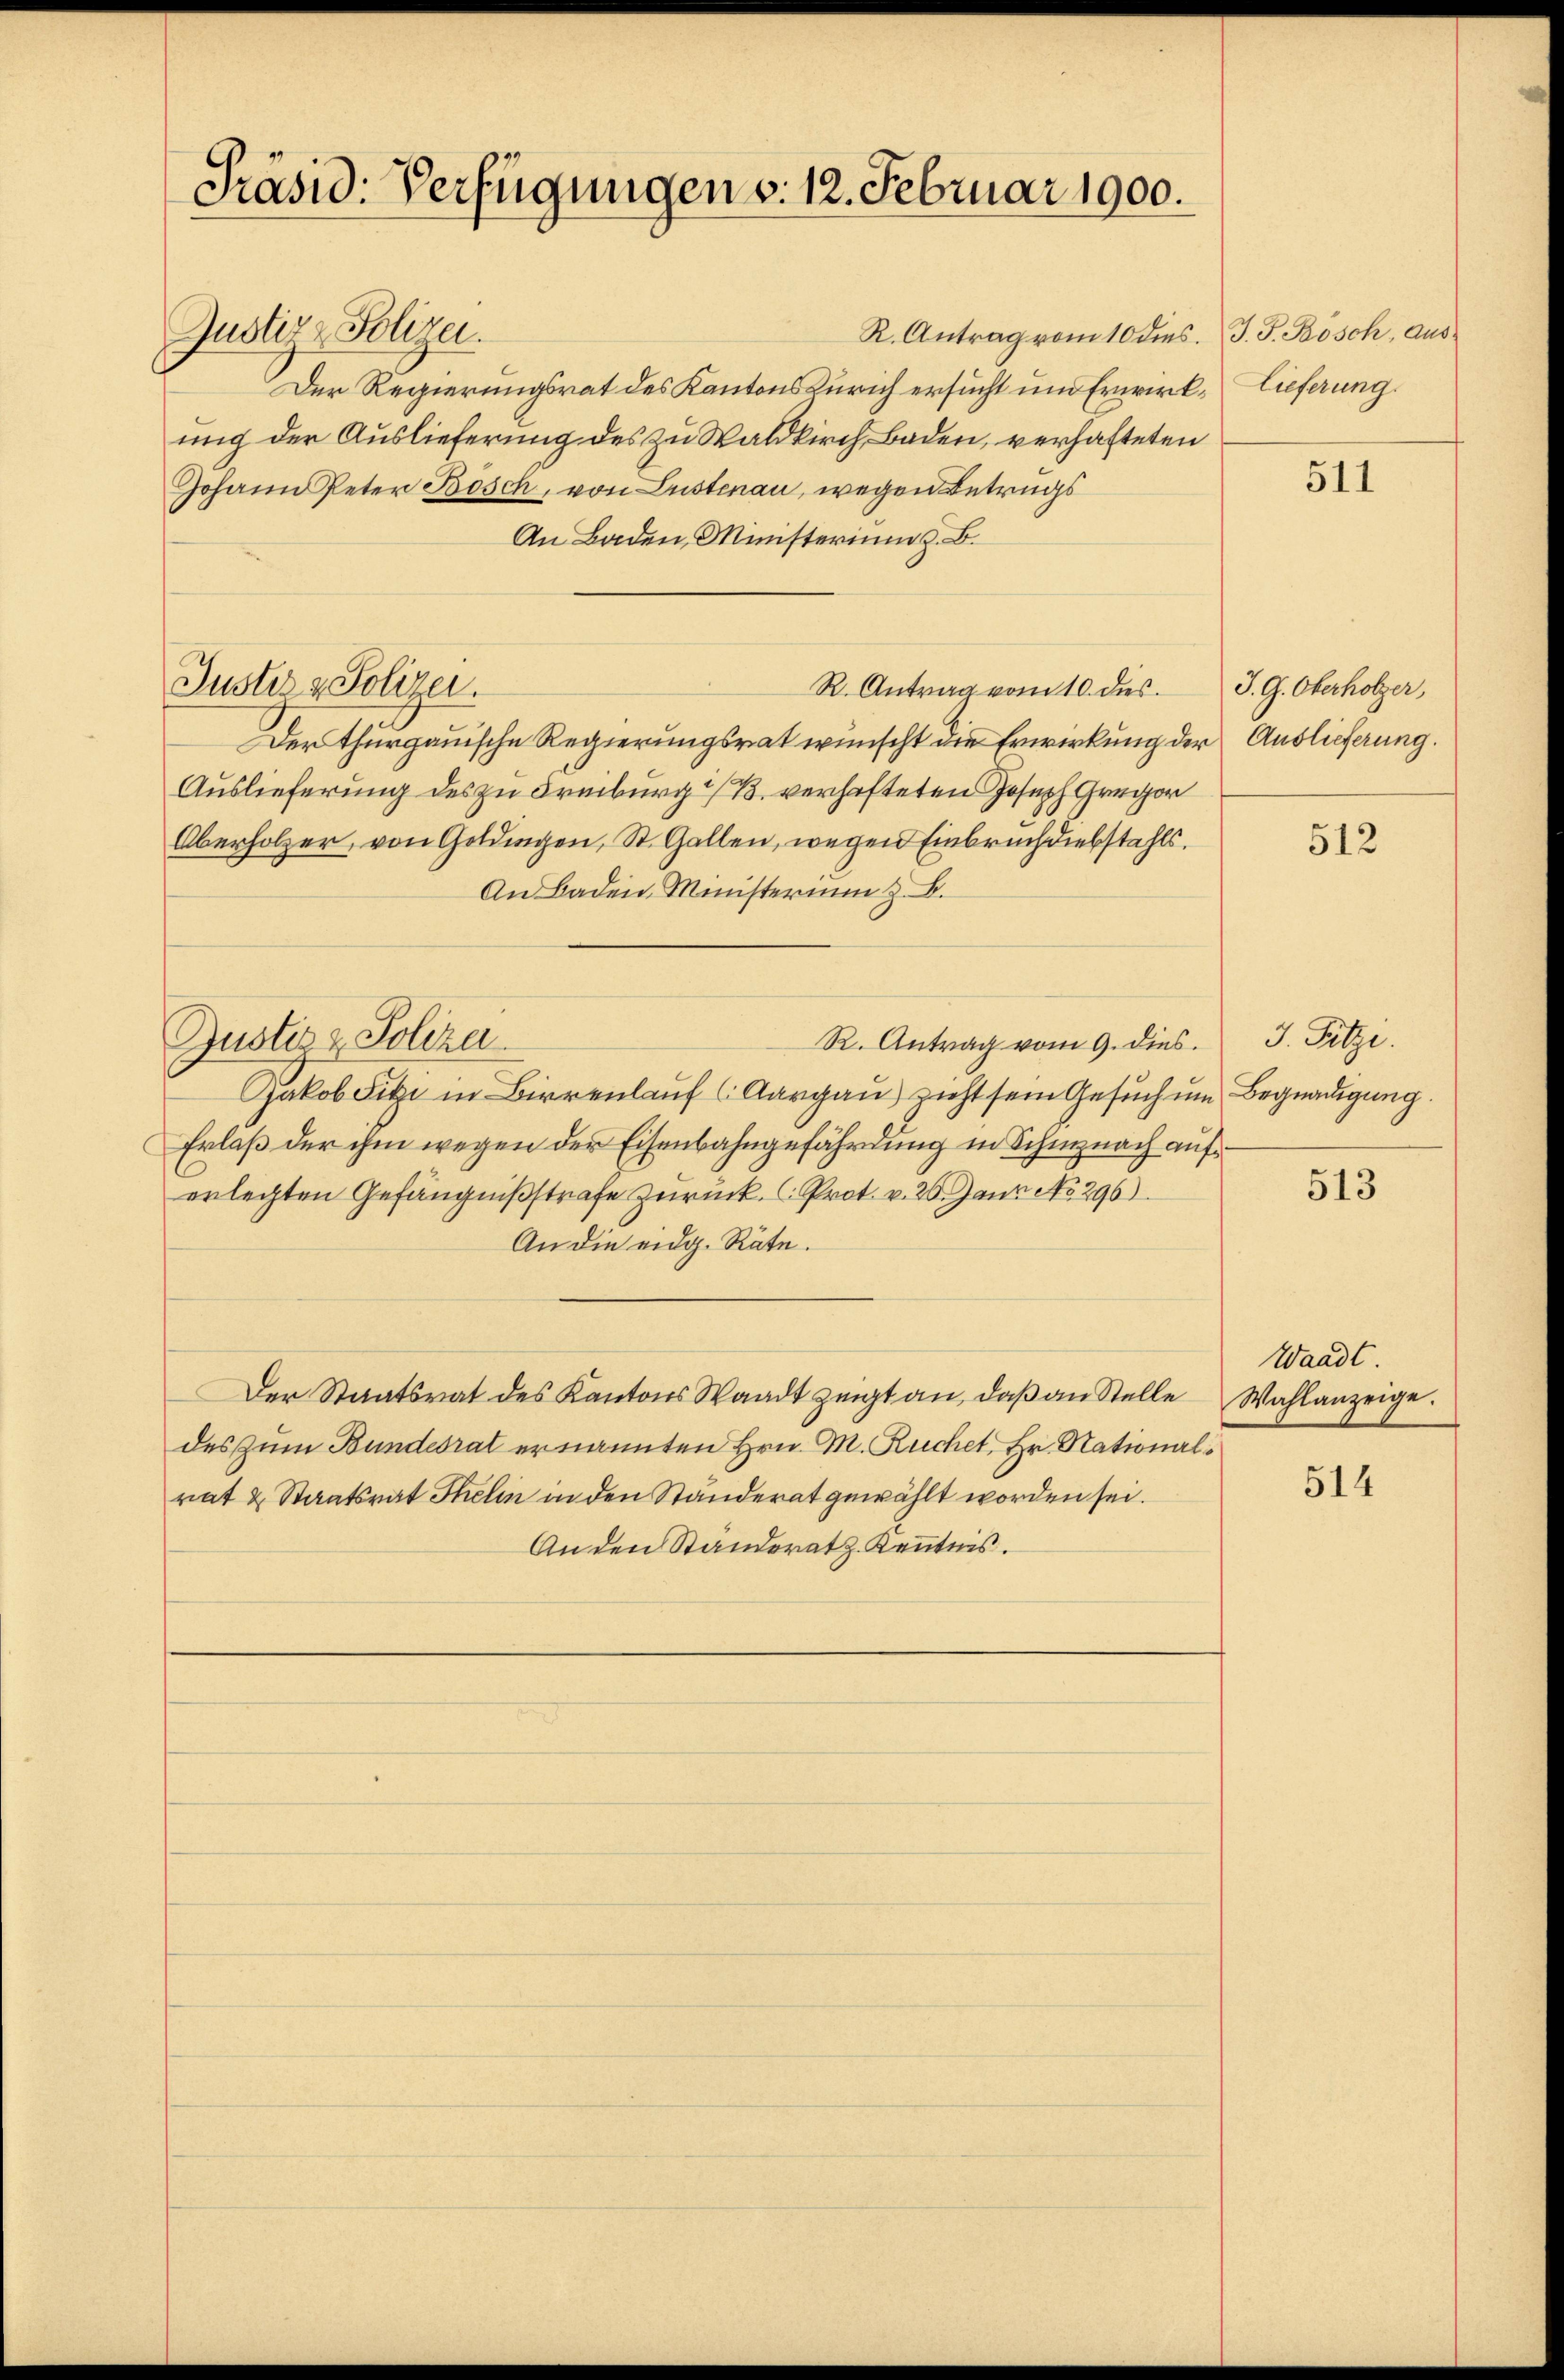
Präsid. Verfügungen v. 12. Februar 1900.

Justiz & Polizei.

Justiz-Polizei.
Der Regierungsrat des Kantons Zürich ersucht und Erwirkung der Auslieferung des zu Waldkirch Baden, verhafteten
Johann Peter Bösch, von Lustenau, wegen Betrugs
An Baden, Ministerium z. B.
R. Antrag vom 10. dies
Der thurgauische Regierungsrat wünscht die Erwirkung der Auslieferung.
Auslieferung des zu Freiburg i/B. verhafteten Joseph Gregor
Oberholzer, von Goldingen, St. Gallen, wegen Einbruch diebstahls.
An Baden Ministerium z. B.
Justiz & Polizei
R. Antrag vom 9. dies. J. Fitzi.
Jakob Fitzi in Birrenlauf (Aargau) zieht sein Gesuch um Begnadigung.
Erlaß der ihm wegen der Eisenbahngefährdung in Schinznach auferlegten Gefängnißstrafe zurück. (Prot. v. 20. Janz No. 296)
An die eidg. Räte.
Der Staatsrat des Kantons Waadt zeigt an, daβ an Stelle Wahlanzeige.
des zum Bundesrat ernannten Hrn. M. Ruchet, Hr. Nationalrat & Staatsrat Thelin in den Ständerat gewählt worden sei.
An den Ständerat z. Kenntnis.

R. Antrag vom 10 dies. J. J. Bösch, Aus¬

lieferung.

511

J. G. Oberholzer,

512

513

Waadt

514